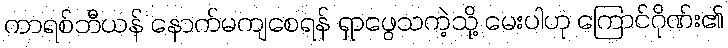
ကာရစ်ဘီယန် နောက်မကျစေရန် ရှာဖွေသကဲ့သို့ မေးပါဟု ကြောင်ဂိုဏ်း၏